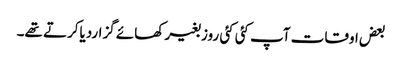
بعض اوقات آپ کئی کئی روز بغیر کھائے گزاردیاکرتے تھے۔